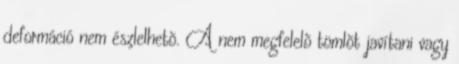
deformáció nem észlelhetõ. A nem megfelelõ tömlõt javítani vagy